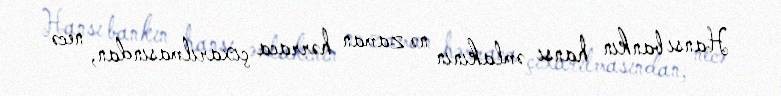
Hansı bankın hansı əmlakının nə zaman hərraca çıxarılmasından, necə